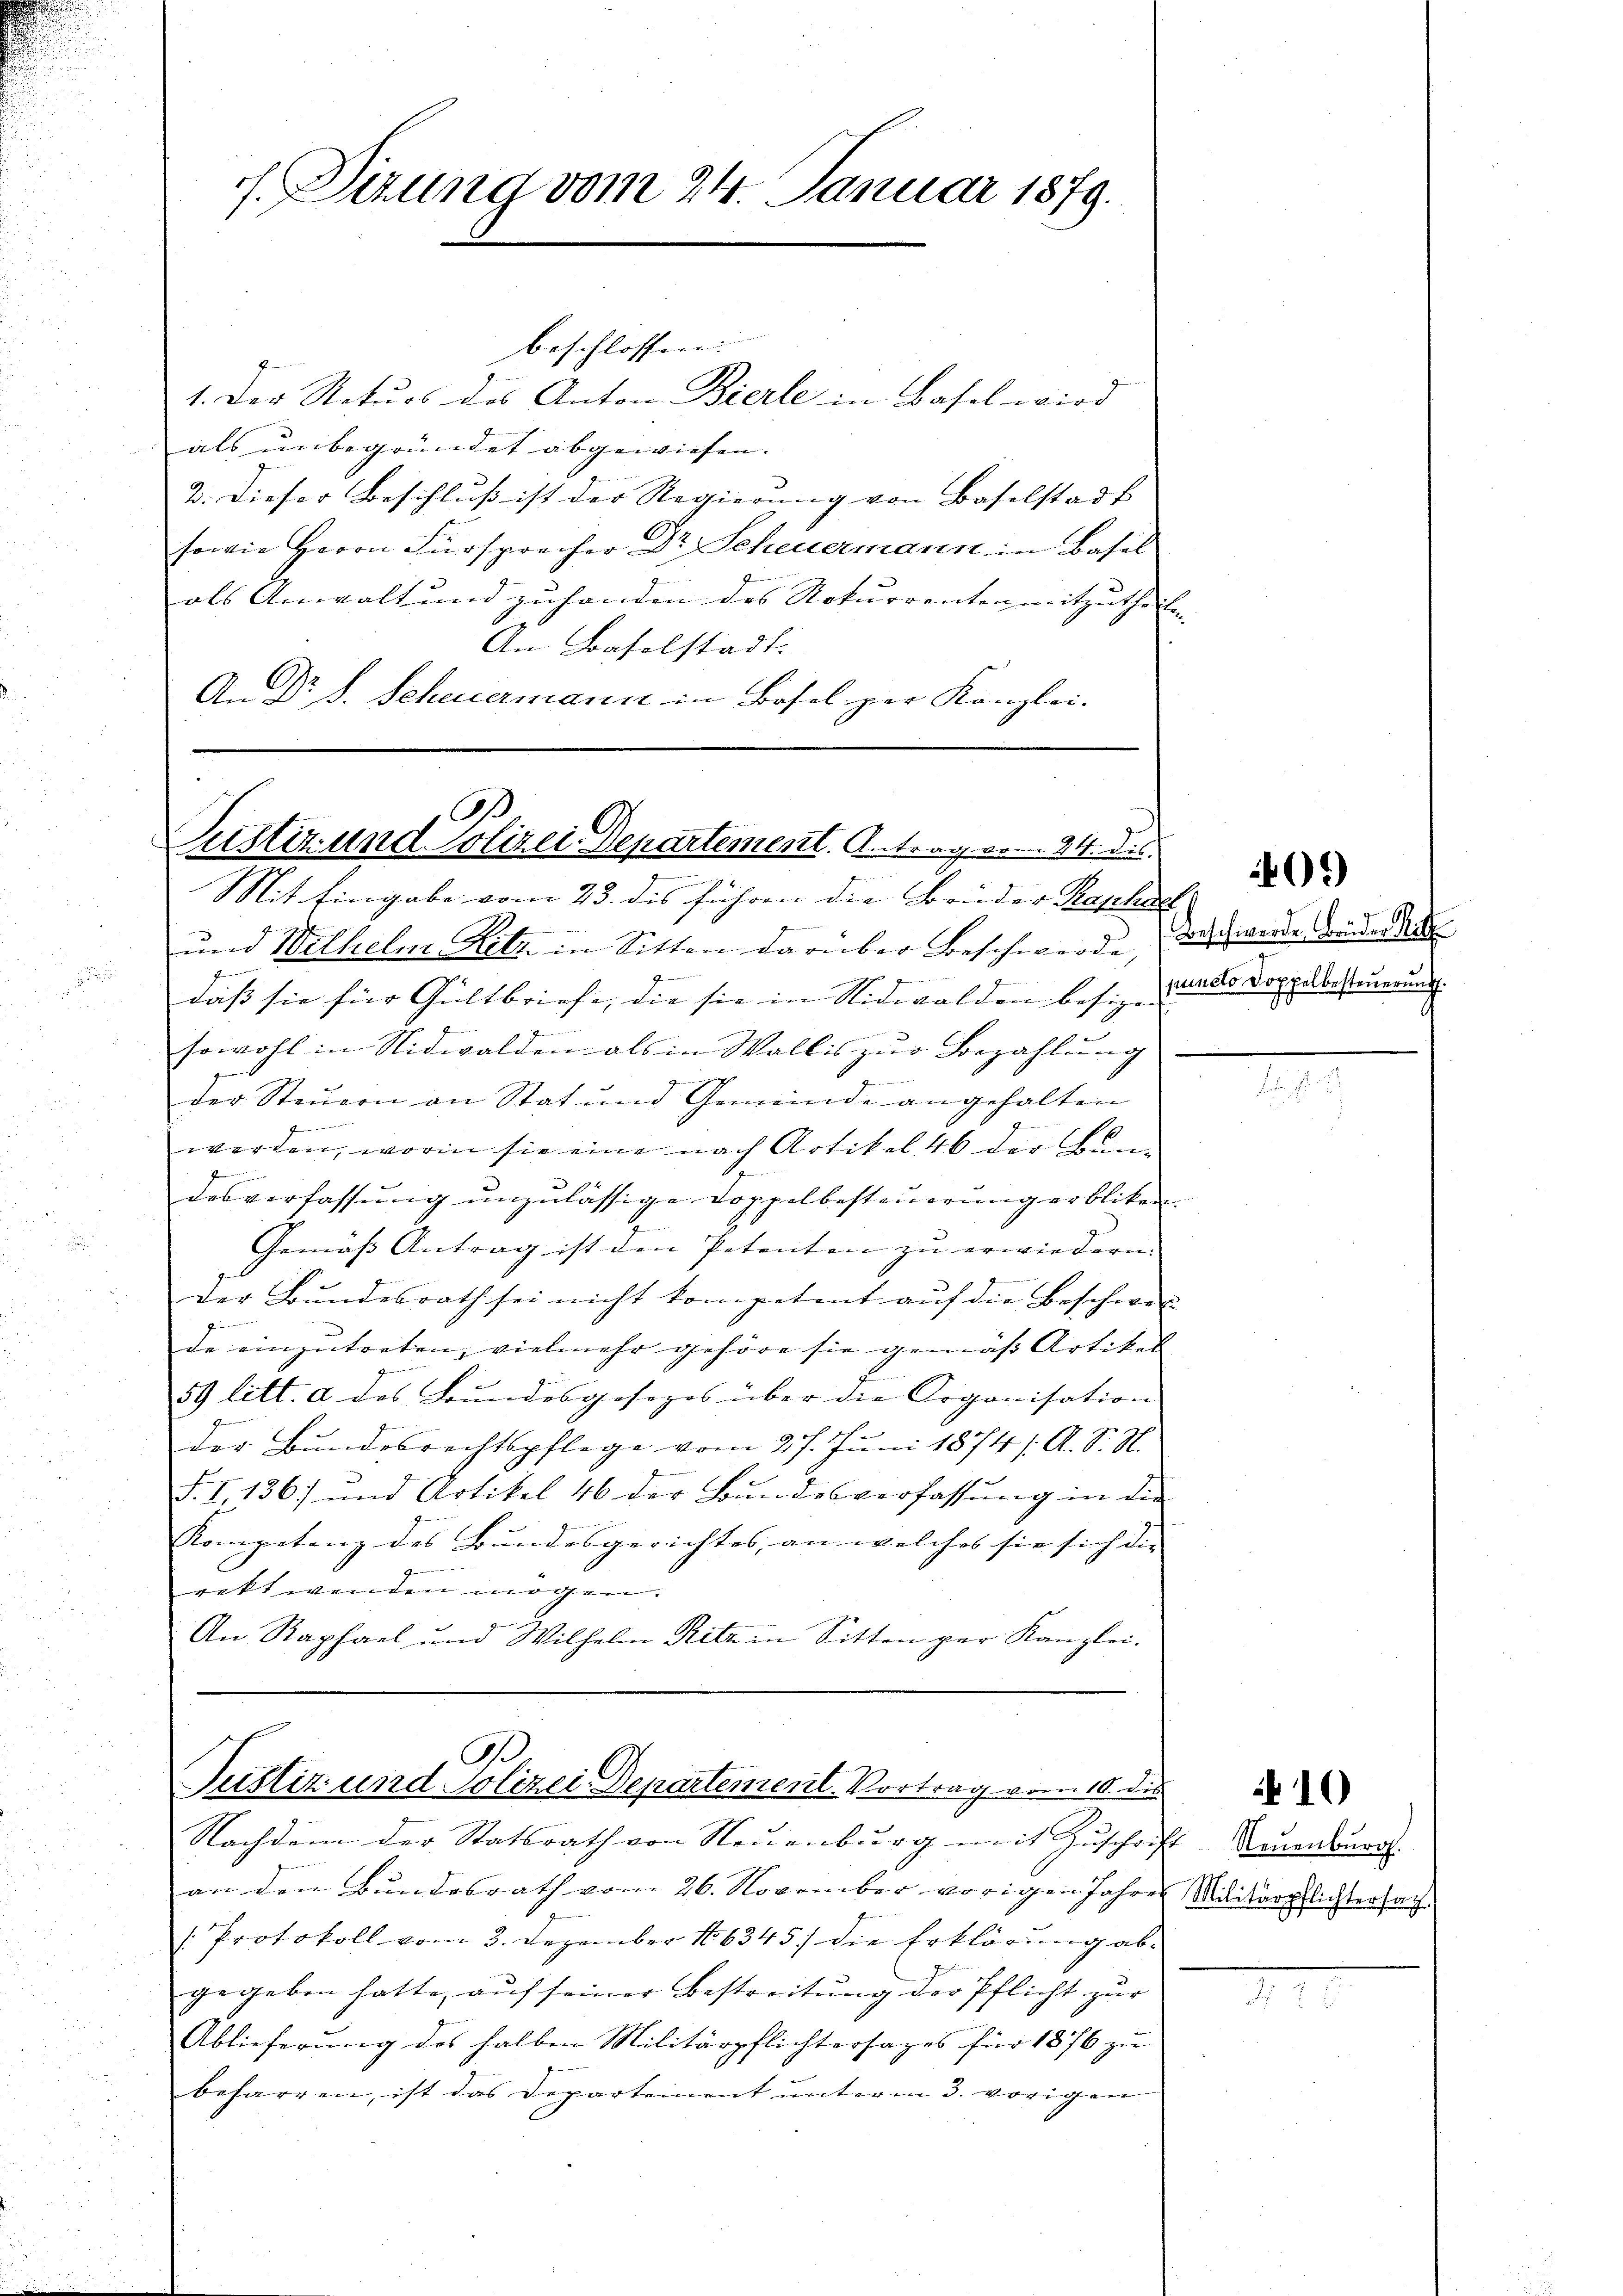
f. Sizung vom 24. Januar 1879.

beschlossen. |
1. Der Naturs des Anton Bierle in Basel wird
als unbegründet abgewiesen.
2. Dieser Beschluß ist der Regierung von Baselstadt
sowie Herrn Fürsprecher Dr Scheuermann in Basel
als Anwalt und zuhanden des Naturrenten mitzutheilen |
An Baselstadt.
An Dr J. Scheuermann in Basel zur Kanzlei.

B
Justiz und Polizei-Departement. Antrag vom 24. dis.
d

Mit Eingabe vom 23. dis führen die Brüder Raphael
und Wilhelm Ritz in Sitten darüber Beschwerde,
.
daß sie für Gültbriefe, die sie in Nidwalden besigen

1
I
sowohl in Nidwalden als in Wallis zur Bezahlung
i
der Steuern an Stat und Gemeinde angehalten
f
werden, worin sie eine nach Artikel 46 der Gem
desverfassung unzulässige Doppelbesteuerung erbliken.
Gemäß Antrag ist den Petenten zu erwiedern.
n
Der Bundesrath sei nicht kompetent auf die Beschwer
de einzutreten, vielmehr gehöre sie gemäss Artikel
59 litt. a des Bundesgesezes über die Organisation
der Bundesrechtspflege vom 27. Jŭni 1874 /. A. S. S.
T. I,136) und Artikel 46 der Bundesverfassung in die
Kompetenz des Bundesgerichtes, an welches sie sich die
Gemein
rekt wenden mögen.
An Raphael und Wilhelm Pilz in Sitten per Kanzlei.

A
Justiz und Polizei Departement. Vortrag vom 10. die

Nachdem der Statsrath von Neuenburg mit Zuschrift Neuenburg.
an den Bundesrath vom 26. November vorigen Jahren
Protokoll vom 3. Dezember 186345) die Erklärung abgegeben hatte, auf seiner Bestreitung der Pflicht zur
Ablieferung des halben Militärpflichtersages für 1876 zu
beharren, ist das Departement unterm 3. vorigen

Beschwerde Brüder Rit
puncto Doppelbesteuerung.

40.)

Militärpflichtersach